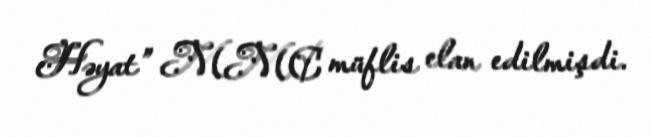
Həyat” MMC müflis elan edilmişdi.